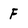
Character: f